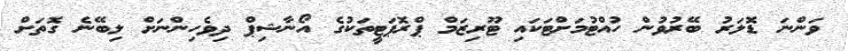
ވަންނަ ޑޮލަރު ބޭރުވުން ހުއްޓުމަށްޓަކައި ޓޫރިޒަމް ޕްރޮޕަޓީތަކުގެ އޯނާޝިޕް ދިވެހިންނަށް ލިބޭނެ ގޮތަށް